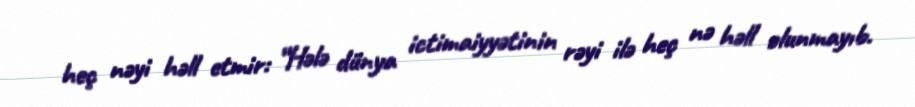
heç nəyi həll etmir: “Hələ dünya ictimaiyyətinin rəyi ilə heç nə həll olunmayıb.